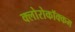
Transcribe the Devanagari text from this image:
क्लोरोकॉक्कम